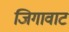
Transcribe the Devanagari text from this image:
जिगावाट